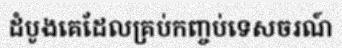
ដំបូងគេដែលគ្រប់កញ្ចប់ទេសចរណ៍